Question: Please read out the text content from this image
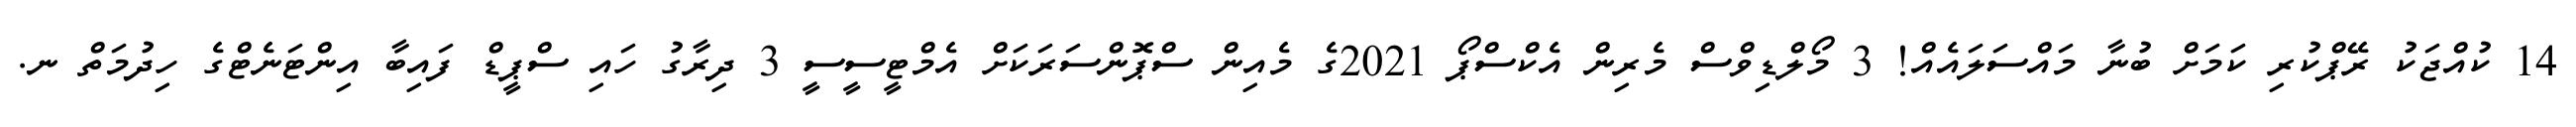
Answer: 14 ކުއްޖަކު ރޭޕްކުރި ކަމަށް ބުނާ މައްސަލައެއް! 3 މޯލްޑިވްސް މެރިން އެކްސްޕޯ 2021ގެ މެއިން ސްޕޮންސަރަކަށް އެމްޓީސީސީ 3 ދިރާގު ހައި ސްޕީޑް ފައިބާ އިންޓަނެޓްގެ ހިދުމަތް ނ.